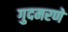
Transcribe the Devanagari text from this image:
गुदमरणे